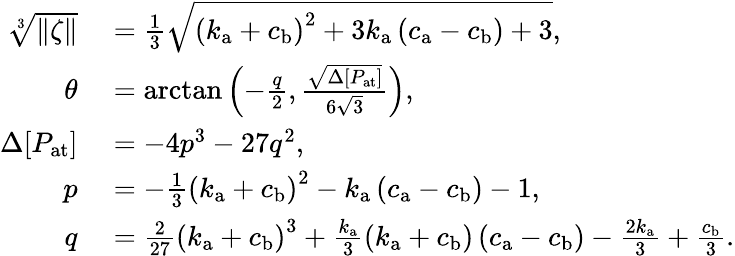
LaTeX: \begin{array}{rl}{\sqrt[3]{\| \zeta\| }}&{{}=\frac{1}{3}\sqrt{\left(k_{\mathrm{a}}+c_{\mathrm{b}}\right)^{2}+3k_{\mathrm{a}}\left(c_{\mathrm{a}}-c_{\mathrm{b}}\right)+3},}\\ {\theta}&{{}=\arctan{\left(-\frac{q}{2},\frac{\sqrt{\Delta[P_{\mathrm{at}}]}}{6\sqrt{3}}\right)},}\\ {\Delta[P_{\mathrm{at}}]}&{{}=-4p^{3}-27q^{2},}\\ {p}&{{}=-\frac{1}{3}\left(k_{\mathrm{a}}+c_{\mathrm{b}}\right)^{2}-k_{\mathrm{a}}\left(c_{\mathrm{a}}-c_{\mathrm{b}}\right)-1,}\\ {q}&{{}=\frac{2}{27}\left(k_{\mathrm{a}}+c_{\mathrm{b}}\right)^{3}+\frac{k_{\mathrm{a}}}{3}\left(k_{\mathrm{a}}+c_{\mathrm{b}}\right)\left(c_{\mathrm{a}}-c_{\mathrm{b}}\right)-\frac{2k_{\mathrm{a}}}{3}+\frac{c_{\mathrm{b}}}{3}.}\end{array}